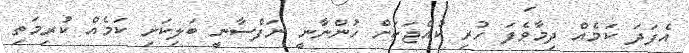
އެފަދަ ކަމެއް ދިމާވެފަ ހުރި ކުއްޖަކަށް ހުންނާނީ ނަފްސާނީ ބަލިކަށި ކަމެއް ކުރިމަތި